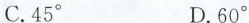
C.45^{\circ} D.60^{\circ}